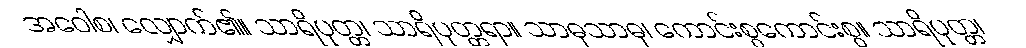
အဝေါစ၊ လျှောက်၏။ သာရိပုတ္တ၊ သာရိပုတ္တရာ။ သာဓုသာဓု၊ ကောင်းစွကောင်းစွ။ သာရိပုတ္တ၊